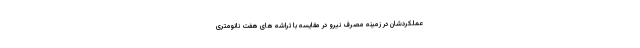
عملکردشان در زمینه مصرف نیرو در مقایسه با تراشه های هفت نانومتری